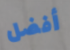
أفضل